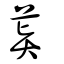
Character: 藖